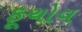
ફૂચોવ